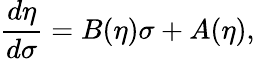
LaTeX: \frac{d\eta}{d\sigma}=B(\eta)\sigma+A(\eta),